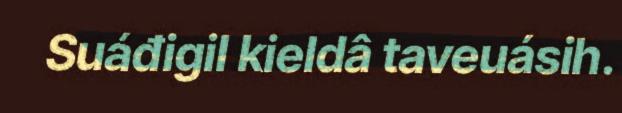
Suáđigil kieldâ taveuásih.